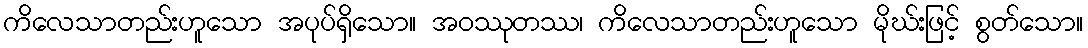
ကိလေသာတည်းဟူသော အပုပ်ရှိသော။ အဝဿုတဿ၊ ကိလေသာတည်းဟူသော မိုဃ်းဖြင့် စွတ်သော။